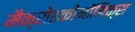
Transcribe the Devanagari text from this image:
मैक्रोइकोनॉमिक्स